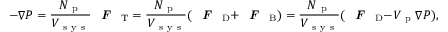
- \nabla P = \frac { N _ { \mathrm { ~ p ~ } } } { V _ { \mathrm { ~ s ~ y ~ s ~ } } } \textbf { \textit { F } } _ { \mathrm { T } } = \frac { N _ { \mathrm { ~ p ~ } } } { V _ { \mathrm { ~ s ~ y ~ s ~ } } } ( \textbf { \textit { F } } _ { \mathrm { D } } + \textbf { \textit { F } } _ { \mathrm { B } } ) = \frac { N _ { \mathrm { ~ p ~ } } } { V _ { \mathrm { ~ s ~ y ~ s ~ } } } ( \textbf { \textit { F } } _ { \mathrm { D } } - V _ { \mathrm { ~ p ~ } } \nabla P ) ,